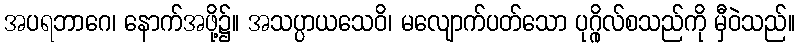
အပရဘာဂေ၊ နောက်အဖို့၌။ အသပ္ပာယသေဝိ၊ မလျောက်ပတ်သော ပုဂ္ဂိုလ်စသည်ကို မှီဝဲသည်။